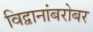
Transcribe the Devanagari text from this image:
विद्वानांबरोबर